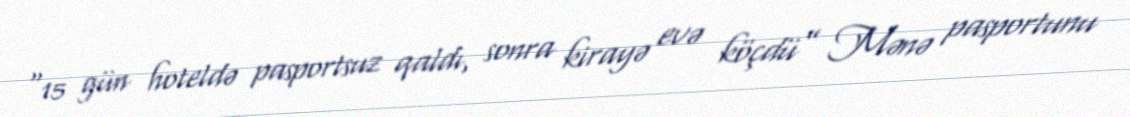
“15 gün hoteldə pasportsuz qaldı, sonra kirayə evə köçdü” Mənə pasportunu